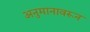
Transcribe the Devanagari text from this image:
अनुमानावरून